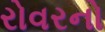
રોવરનો